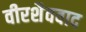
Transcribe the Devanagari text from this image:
वीरशैववाद